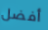
أفضل